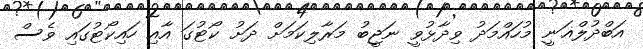
އަބްދުލްޣަނީ މުހައްމަދު ވިދާޅުވީ ނަޖީބު މަރާލިކަމަށް ދަށު ކޯޓުގަ އާއި ހައިކޯޓުގައި ވެސް